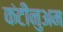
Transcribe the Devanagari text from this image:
कंटीनुअम